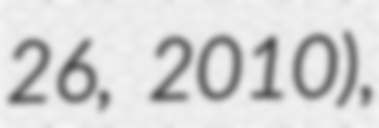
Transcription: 26, 2010),